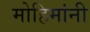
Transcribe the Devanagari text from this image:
मोहिमांनी